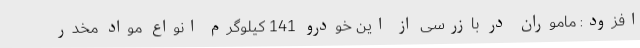
افزود: ماموران در بازرسی از این خودرو 141 کیلوگرم انواع مواد مخدر